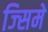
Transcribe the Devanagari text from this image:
ज्सिमे